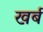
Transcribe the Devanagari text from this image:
खर्ब